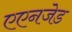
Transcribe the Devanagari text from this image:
एएनजेड